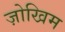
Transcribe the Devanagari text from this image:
ज़ोखिम